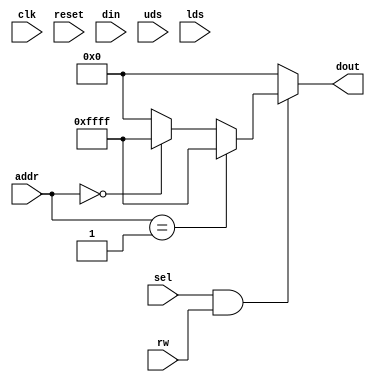
//
// ste_joystick.v
// 
// Atari STE joystick port implementation for the MiST board
// http://code.google.com/p/mist-board/
// 
// Copyright (c) 2013 Till Harbaum <till@harbaum.org> 
// 
// This source file is free software: you can redistribute it and/or modify 
// it under the terms of the GNU General Public License as published 
// by the Free Software Foundation, either version 3 of the License, or 
// (at your option) any later version. 
// 
// This source file is distributed in the hope that it will be useful,
// but WITHOUT ANY WARRANTY; without even the implied warranty of 
// MERCHANTABILITY or FITNESS FOR A PARTICULAR PURPOSE.  See the 
// GNU General Public License for more details.
// 
// You should have received a copy of the GNU General Public License 
// along with this program.  If not, see <http://www.gnu.org/licenses/>. 

module ste_joystick (
	// system interface
	input clk,
	input reset,
  
	// cpu register interface
	input [15:0]    din,
	input           sel,
	input [4:0]     addr,
	input           uds,
	input           lds,
	input           rw,
	output reg [15:0] dout 
  );

// no functionality implemented yet  
always @(sel, rw, uds, lds, addr) begin
	dout = 16'h0000;

   if(sel && rw) begin
      if(addr == 5'h00) dout = 16'hffff;   // no fire button pressed
      if(addr == 5'h01) dout = 16'hffff;   // no direction set
   end
   
end
	
endmodule